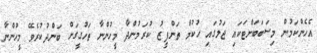
އެހެންކަމުން މިސަބަބަށްޓަކައި ޖަލުގައި ހުކުމް ތަންފީޒު ކުރަމުންދާ މީހުންނާ ތަހުގީގަށް ބަންދުކުރެވޭ މީހުންނާ